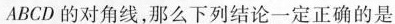
ABCD的对角线，那么下列结论一定正确的是